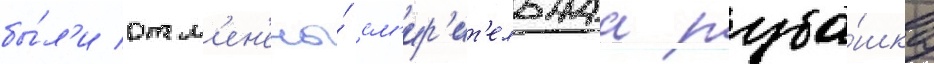
бы́л'и отм'ен'ены́ см'ир'ит'ельнаа руба́шка